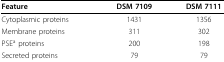
| Feature | DSM 7109 | DSM 7111 |
 | --- | --- | --- |
 | Cytoplasmic proteins | 1431 | 1356 |
 | Membrane proteins | 311 | 302 |
 | PSEa proteins | 200 | 198 |
 | Secreted proteins | 79 | 79 |